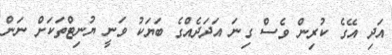
އަދި އޭގެ ކުރިން ވެސް ގިނަ އަދަދެއްގެ ބަޔަކު ވަނީ ޔުނިޓްތަކަށް ނަން